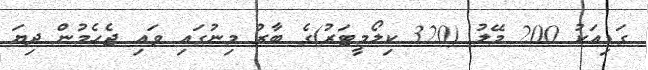
ގަޑިއަކު 200 މޭލު (320 ކިލޯމީޓަރު)ގެ ބާރު މިނުގައި ވައި ޖެހެމުން ދިޔަ